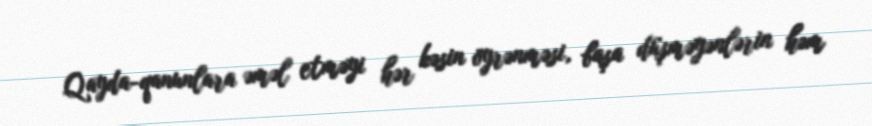
Qayda-qanunlara əməl etməyi hər kəsin öyrənməsi, başa düşməyənlərin həm